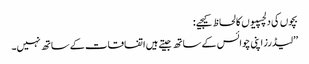
بچوں کی دلچسپیوں کا لحاظ کیجیے:
’’لیڈرز اپنی چوائس کے ساتھ جیتے ہیں اتفاقات کے ساتھ نہیں۔